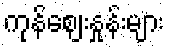
ကုန်ဈေးနှုန်းများ